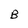
Character: B